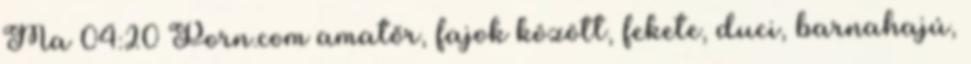
Ma 04:20 Porn.com amatőr, fajok között, fekete, duci, barnahajú,